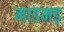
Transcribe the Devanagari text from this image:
माडमड़